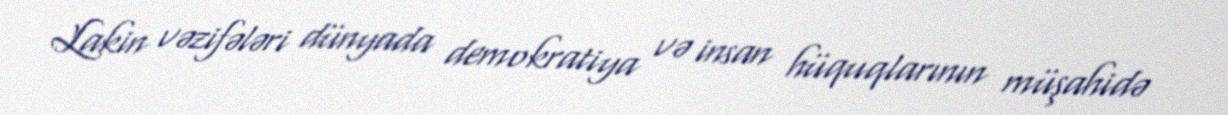
Lakin vəzifələri dünyada demokratiya və insan hüquqlarının müşahidə